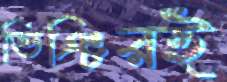
ভিঞ্চিরই